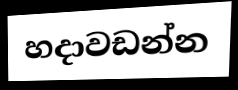
හදාවඩන්න